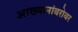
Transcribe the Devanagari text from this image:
आख्यानांबरोबर